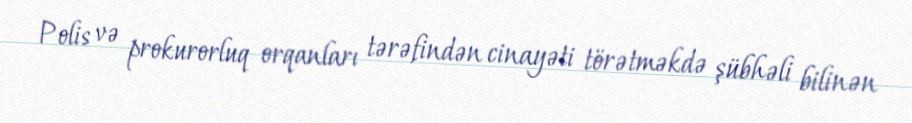
Polis və prokurorluq orqanları tərəfindən cinayəti törətməkdə şübhəli bilinən